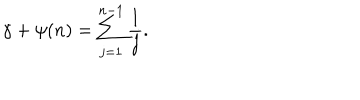
\gamma + \psi ( n ) = \sum _ { j = 1 } ^ { n - 1 } \frac { 1 } { j } .